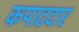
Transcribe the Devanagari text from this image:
कपाटदार